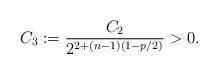
LaTeX: \begin{align*}C_3:=\frac{C_2}{2^{2+(n-1)(1-p/2)}}>0.\end{align*}